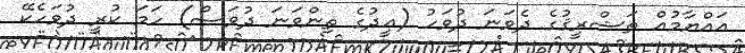
އައްޔާމުއް ތަޝްރީޤުގެ ދެވަނަ ދުވަހު (ޢީދުގެ ތިންވަނަ ދުވަސް) ހަމަ ކުރީ ދުވަހެކޭ